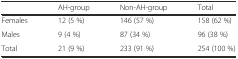
<table><thead><tr><td></td><td><b>AH-group</b></td><td><b>Non-AH-group</b></td><td><b>Total</b></td></tr></thead><tbody><tr><td>Females</td><td>12 (5 %)</td><td>146 (57 %)</td><td>158 (62 %)</td></tr><tr><td>Males</td><td>9 (4 %)</td><td>87 (34 %)</td><td>96 (38 %)</td></tr><tr><td>Total</td><td>21 (9 %)</td><td>233 (91 %)</td><td>254 (100 %)</td></tr></tbody></table>